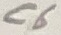
Text: C6